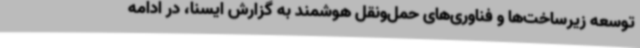
توسعه زیرساخت‌ها و فناوری‌های حمل‌ونقل هوشمند به گزارش ایسنا، در ادامه